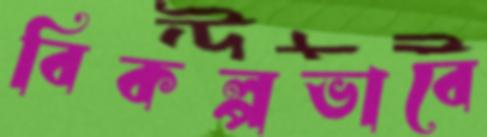
বিকল্পভাবে